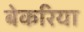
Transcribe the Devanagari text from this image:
बेकरिया